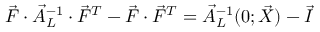
\vec { F } \cdot \vec { A } _ { L } ^ { - 1 } \cdot \vec { F } ^ { T } - \vec { F } \cdot \vec { F } ^ { T } = \vec { A } _ { L } ^ { - 1 } ( 0 ; \vec { X } ) - \vec { I }